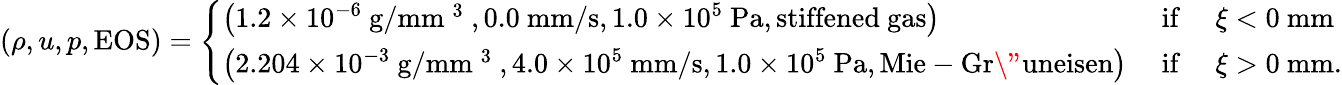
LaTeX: (\rho,u,p,\mathrm{EOS})=\left\{ \begin{array}{ll}{\left(1.2\times 10^{-6}~\mathrm{g/mm~^3~},0.0~\mathrm{mm/s},1.0\times 10^{5}~\mathrm{Pa},\mathrm{stiffened~gas}\right)}&{\mathrm{~if~}\quad\xi<0~\mathrm{mm}}\\ {\left(2.204\times 10^{-3}~\mathrm{g/mm~^3~},4.0\times 10^{5}~\mathrm{mm/s},1.0\times 10^{5}~\mathrm{Pa},\mathrm{Mie-Gr\" {u}neisen}\right)}&{\mathrm{~if~}\quad\xi>0~\mathrm{mm}.}\end{array}\right.